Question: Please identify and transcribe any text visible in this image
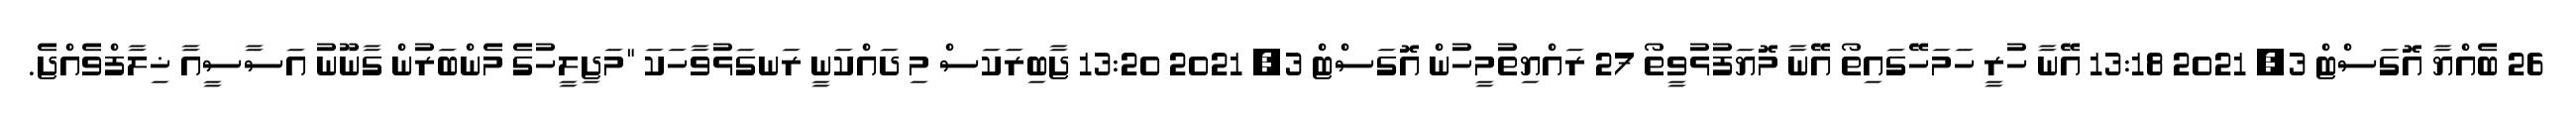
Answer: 26 ބެއްޔާ އޮގަސްޓް 3, 2021 13:18 އޭނާ ހުރީ ހަމަހޭގައިތޯ އޭނާ މޮޔަފުޅުވީތޯ 27 ރައްޔިތުމީހުން އޮގަސްޓް 3, 2021 13:20 ޖާބިރަކަސް މި ދައްކަނީ ރަނގަޅުވާހަކަ "މަޖިލީހުގެ މެންބަރުން ގާނޫނު އަސާސީއާ ޚިލާފްވެއްޖެ.